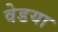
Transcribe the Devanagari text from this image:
वेडया